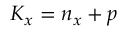
K _ { x } = n _ { x } + p